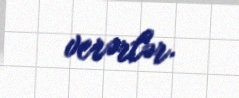
verərlər.